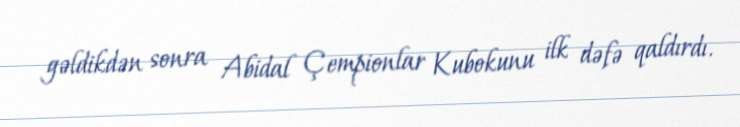
gəldikdən sonra Abidal Çempionlar Kubokunu ilk dəfə qaldırdı.